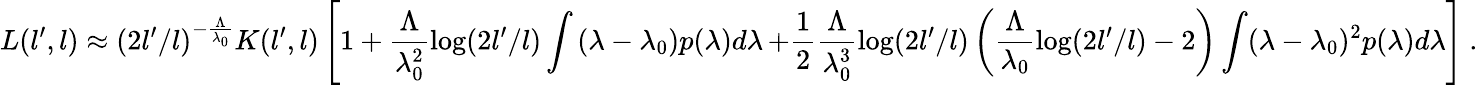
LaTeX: L(l^{\prime},l)\approx(2l^{\prime}/l)^{-\frac{\Lambda}{\lambda_{0}}}K(l^{\prime},l)\left[1+\frac{\Lambda}{\lambda_{0}^{2}}\log(2l^{\prime}/l)\int\left(\lambda-\lambda_{0}\right)p(\lambda)d\lambda\right.\left.+\frac{1}{2}\frac{\Lambda}{\lambda_{0}^{3}}\log(2l^{\prime}/l)\left(\frac{\Lambda}{\lambda_{0}}\log(2l^{\prime}/l)-2\right)\int(\lambda-\lambda_{0})^{2}p(\lambda)d\lambda\right]\ .